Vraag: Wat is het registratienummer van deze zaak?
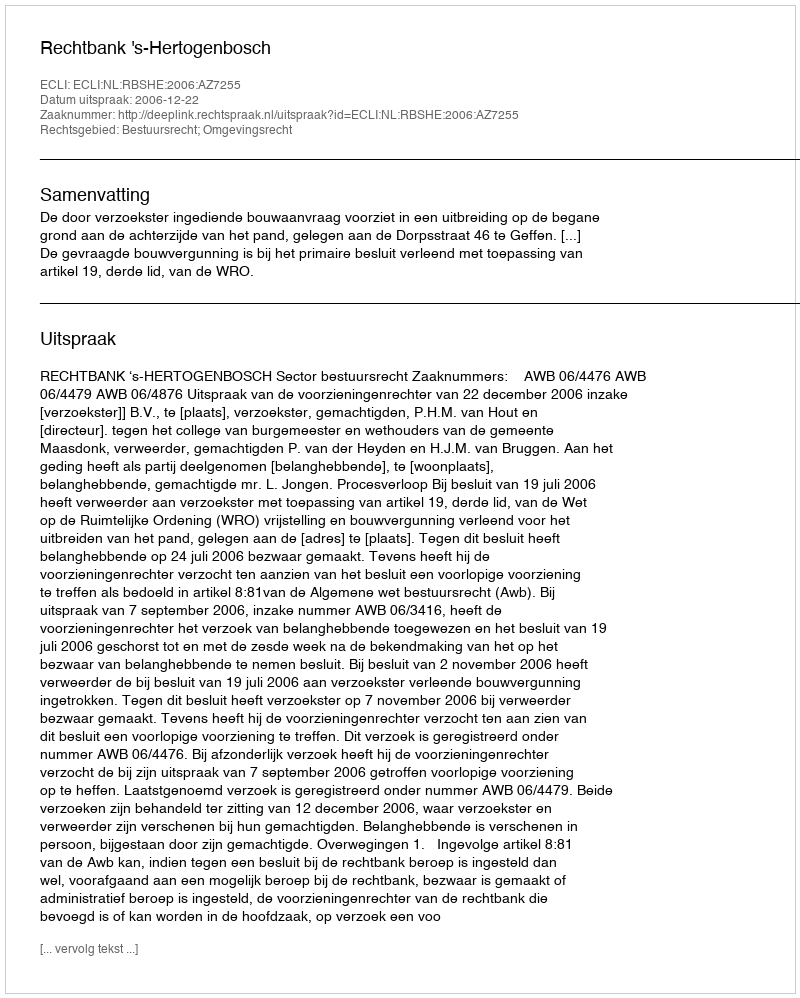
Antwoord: http://deeplink.rechtspraak.nl/uitspraak?id=ECLI:NL:RBSHE:2006:AZ7255